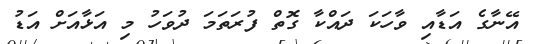
އޭނާގެ އަޑާއި ވާހަކަ ދައްކާ ގޮތް ފުރަތަމަ ދުވަހު މި އަޅާއަށް އަޑު